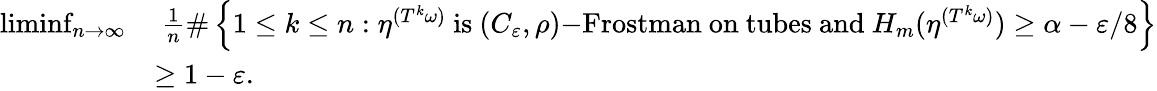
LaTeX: \begin{array}{rl}{\operatorname*{liminf}_{n\to\infty}}&{\ \frac{1}{n}\# \left\{ 1\leq k\leq n:\eta^{(T^{k}\omega)}\mathrm{~is~}(C_{\varepsilon},\rho)\mathrm{-Frostman~on~tubes~and~}H_{m}(\eta^{(T^{k}\omega)})\geq\alpha-\varepsilon/8\right\} }\\ &{\geq 1-\varepsilon.}\end{array}